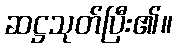
ဆဋ္ဌသုတ်ပြီး၏။